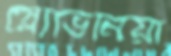
স্লোভিনিয়া